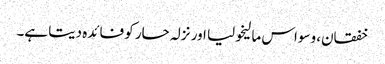
خفقان، وسواس مالیخولیا اور نزلہ حار کو فائدہ دیتا ہے۔